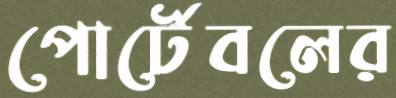
পোর্টেবলের